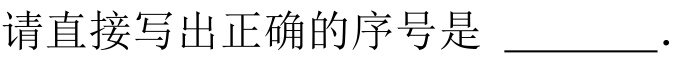
请直接写出正确的序号是 \(\underline{\quad\quad}\).